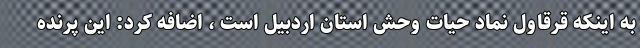
به اینکه قرقاول نماد حیات وحش استان اردبیل است ، اضافه کرد: این پرنده